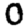
Digit: 0